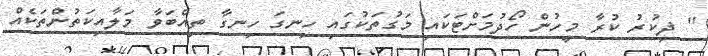
'' ޛިކުރު ކުރާ މީހުން ހޯދުމަށްޓަކައި މަގުތަކުގައި ހިނގަ ހިނގާ ތިއްބަވާ މަލާއިކަތުންތަކެއް